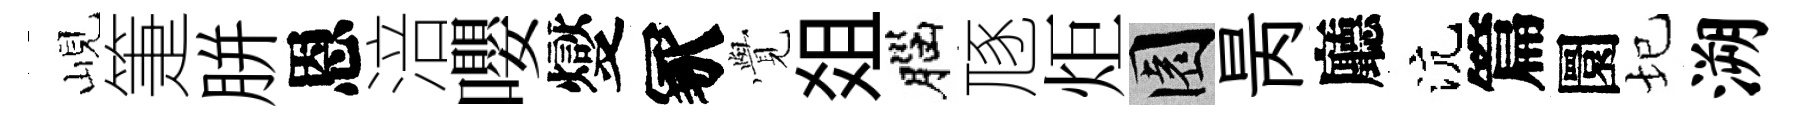
峴箑胼恩涪嚶燮冢𮗜爼腦豗炬園昺廳沆篇圜圮溯